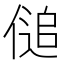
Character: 𰂨